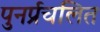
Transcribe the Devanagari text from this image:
पुनर्प्रचलित